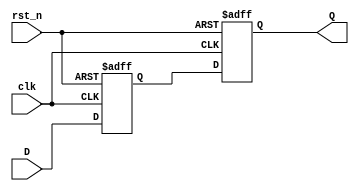
`timescale 1 ns / 1 ps
// =============================================================================
//  Program : synchronizer.v
//  Date    :
// -----------------------------------------------------------------------------
//  Revision information:
//
//  Revised on Jul/21/2018.
// -----------------------------------------------------------------------------
//  Description:
//
//  Clock synchronization scheme.
//
//  Target Platform : Xilinx KC705
//  Tool Versions   : Tested using Vivado 2018.2.
// -----------------------------------------------------------------------------
//  License information:
//
//  This software is released under the BSD-3-Clause Licence,
//  see https://opensource.org/licenses/BSD-3-Clause for details.
//  In the following license statements, "software" refers to the
//  "source code" of the complete hardware/software system.
//
//  Copyright 2020,
//                    Embedded Intelligent Systems Lab (EISL)
//                    Deparment of Computer Science
//                    National Chiao Tung Uniersity
//                    Hsinchu, Taiwan.
//
//  All rights reserved.
//
//  Redistribution and use in source and binary forms, with or without
//  modification, are permitted provided that the following conditions are met:
//
//  1. Redistributions of source code must retain the above copyright notice,
//     this list of conditions and the following disclaimer.
//
//  2. Redistributions in binary form must reproduce the above copyright notice,
//     this list of conditions and the following disclaimer in the documentation
//     and/or other materials provided with the distribution.
//
//  3. Neither the name of the copyright holder nor the names of its contributors
//     may be used to endorse or promote products derived from this software
//     without specific prior written permission.
//
//  THIS SOFTWARE IS PROVIDED BY THE COPYRIGHT HOLDERS AND CONTRIBUTORS "AS IS"
//  AND ANY EXPRESS OR IMPLIED WARRANTIES, INCLUDING, BUT NOT LIMITED TO, THE
//  IMPLIED WARRANTIES OF MERCHANTABILITY AND FITNESS FOR A PARTICULAR PURPOSE
//  ARE DISCLAIMED. IN NO EVENT SHALL THE COPYRIGHT HOLDER OR CONTRIBUTORS BE
//  LIABLE FOR ANY DIRECT, INDIRECT, INCIDENTAL, SPECIAL, EXEMPLARY, OR
//  CONSEQUENTIAL DAMAGES (INCLUDING, BUT NOT LIMITED TO, PROCUREMENT OF
//  SUBSTITUTE GOODS OR SERVICES; LOSS OF USE, DATA, OR PROFITS; OR BUSINESS
//  INTERRUPTION) HOWEVER CAUSED AND ON ANY THEORY OF LIABILITY, WHETHER IN
//  CONTRACT, STRICT LIABILITY, OR TORT (INCLUDING NEGLIGENCE OR OTHERWISE)
//  ARISING IN ANY WAY OUT OF THE USE OF THIS SOFTWARE, EVEN IF ADVISED OF THE
//  POSSIBILITY OF SUCH DAMAGE.
// =============================================================================

module synchronizer
(
    input D,
    output Q,
    input clk,
    input rst_n
);

reg A1,A2;

assign Q = A2;

always@(posedge clk or negedge rst_n)
begin
  if(!rst_n)
    A1 <= 0;
  else
    A1 <= D;
end

always@(posedge clk or negedge rst_n)
begin
  if(!rst_n)
    A2 <= 0;
  else
    A2 <= A1;
end

endmodule